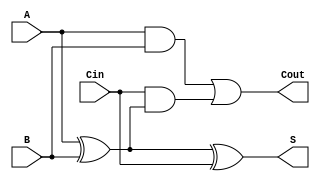
module full_adder (
    input wire A,    // First binary input
    input wire B,    // Second binary input
    input wire Cin,  // Carry-in input
    output wire S,   // Sum output
    output wire Cout // Carry-out output
);

// Behavioral description of the full adder
assign S = A ^ B ^ Cin; // Sum output
assign Cout = (A & B) | (Cin & (A ^ B)); // Carry-out output

endmodule